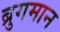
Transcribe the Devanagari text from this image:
ब्रुगमान